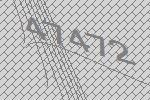
47472